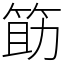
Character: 筯